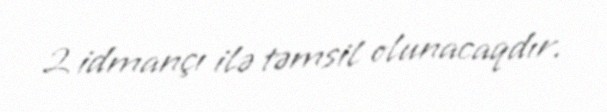
2 idmançı ilə təmsil olunacaqdır.